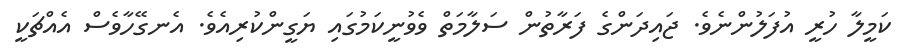
ކަމީލާ ހުރީ އުފަލުންނެވެ. ޖައިދަންގެ ފަރާތުން ސަލާމަތް ވެވުނީކަމުގައި ޔަގީންކުރިއެވެ. އެނގޭހާވެސް އެއްޗަކީ